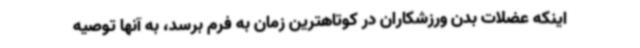
اینکه عضلات بدن ورزشکاران در کوتاهترین زمان به فرم برسد، به آنها توصیه